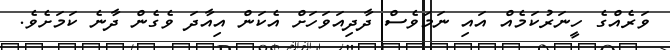
ވަރެއްގެ ހީނަރުކަމެއް އައި ނަމަވެސް ދާދިއަވަހަށް އެކަން އިއާދަ ވެގެން ދާނެ ކަމަށެވެ.